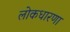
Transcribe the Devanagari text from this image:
लोकधारणा